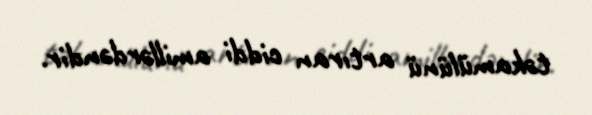
təkamülünü artıran ciddi amillərdəndir.